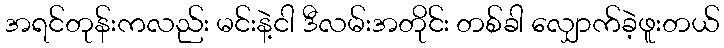
အရင်တုန်းကလည်း မင်းနဲ့ငါ ဒီလမ်းအတိုင်း တစ်ခါ လျှောက်ခဲ့ဖူးတယ်